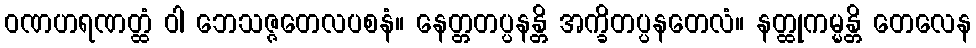
ဝဏဟရဏတ္ထံ ဝါ ဘေသဇ္ဇတေလပစနံ။ နေတ္တတပ္ပနန္တိ အက္ခိတပ္ပနတေလံ။ နတ္ထုကမ္မန္တိ တေလေန